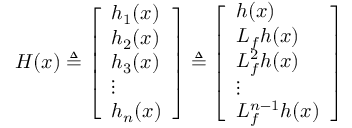
H ( x ) \triangleq { \left[ \begin{array} { l } { h _ { 1 } ( x ) } \\ { h _ { 2 } ( x ) } \\ { h _ { 3 } ( x ) } \\ { \vdots } \\ { h _ { n } ( x ) } \end{array} \right] } \triangleq { \left[ \begin{array} { l } { h ( x ) } \\ { L _ { f } h ( x ) } \\ { L _ { f } ^ { 2 } h ( x ) } \\ { \vdots } \\ { L _ { f } ^ { n - 1 } h ( x ) } \end{array} \right] }